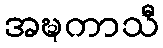
အဍ္ဎကာသီ